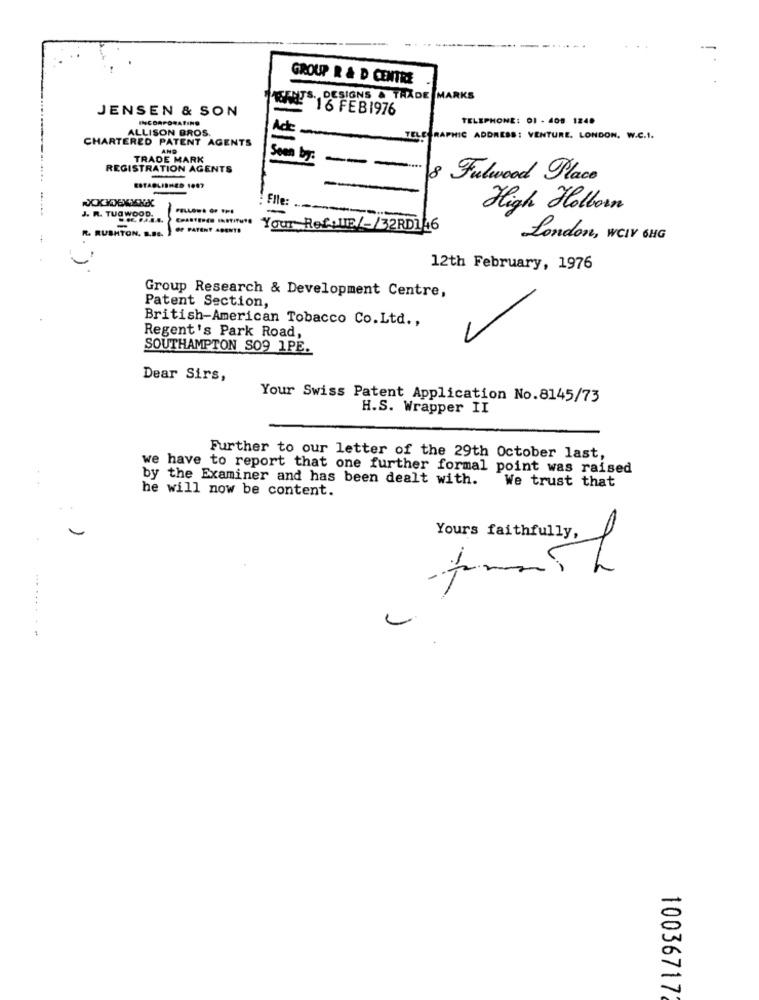
GROUP R & D CENTRE
TEFHTS. DESIGNS & THADE
KS
JENSEN & SON
16 FEB1976
INCORPORATING
TELEPHONE: 01 - 408 1248
ALLISON BROS.
Acc
CHARTERED PATENT AGENTS
TEL
APHIC ADDRESS: VENTURE, LONDON, W.C.1.
AND
TRADE MARK
Seen by:
REGISTRATION AGENTS
----
8 Fulwood Place
ESTABLISHED 1007
--
Elle:
J. R. TUO WOOD.
-
----
High Holborn
R. RUSHTON. B.B ..
OF PATENT APENTO
Your Ref:IF/-/32RD146
London, WCIV 6HG
12th February, 1976
Group Research & Development Centre,
Patent Section,
British-American Tobacco Co.Ltd .,
Regent's Park Road,
SOUTHAMPTON SO9 1PE.
Dear Sirs,
Your Swiss Patent Application No.8145/73
H.S. Wrapper II
Further to our letter of the 29th October last,
we have to report that one further formal point was raised
by the Examiner and has been dealt with.
We trust that
he will now be content.
Yours faithfully,
.........
10036717